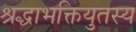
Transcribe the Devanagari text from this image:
श्रद्धाभक्तियुतस्य